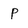
Character: P